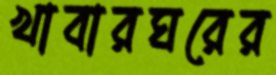
খাবারঘরের